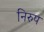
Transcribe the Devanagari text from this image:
निरुप